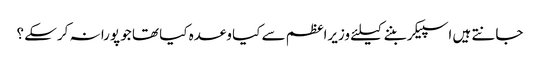
جانتے ہیں اسپیکر بننے کیلئے وزیراعظم سے کیا وعدہ کیا تھا جو پورا نہ کرسکے ؟